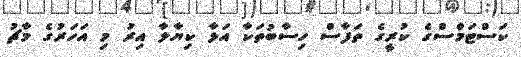
ކަސްޓަމްސްގެ ކުރީގެ ތަފާސް ހިސާބުތަކާ އަޅާ ކިޔާލާ އިރު މި އަހަރުގެ މާޗު